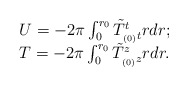
\begin{align*}\begin{array}{ll}U = -2 \pi \int_{0}^{r_0}\tilde T^t_{_{(0)}t} r dr;\\T = - 2 \pi \int_{0}^{r_0} \tilde T^z_{_{(0)}z} rdr.\end{array}\end{align*}